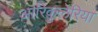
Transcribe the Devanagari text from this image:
आरिकुलेरिया